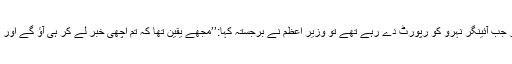
کتاب کے مطابق دہلی واپس آکر جب آئینگر نہرو کو رپورٹ دے رہے تھے تو وزیر اعظم نے برجستہ کہا:’’مجھے یقین تھا کہ تم اچھی خبر لے کر ہی آؤ گے اور یہ صرف تم ہی کرسکتے تھے۔